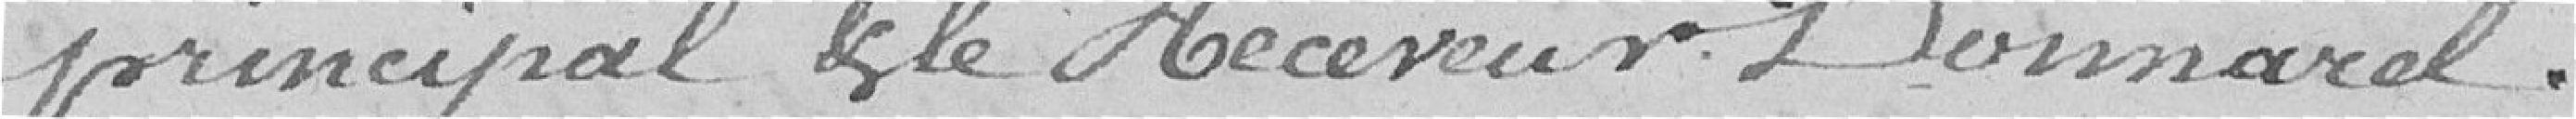
principal dit le Receveur Donnarel.